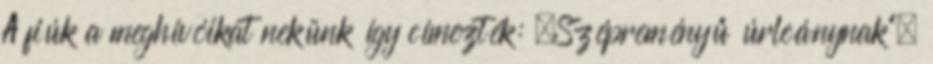
A fiúk a meghívóikat nekünk így címezték: „Szépreményű úrleánynak”.